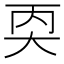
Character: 𪥇